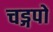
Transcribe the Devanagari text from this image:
चड्गपों